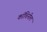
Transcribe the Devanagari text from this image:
कॉचिनील